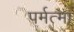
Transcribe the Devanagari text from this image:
पर्मत्मा